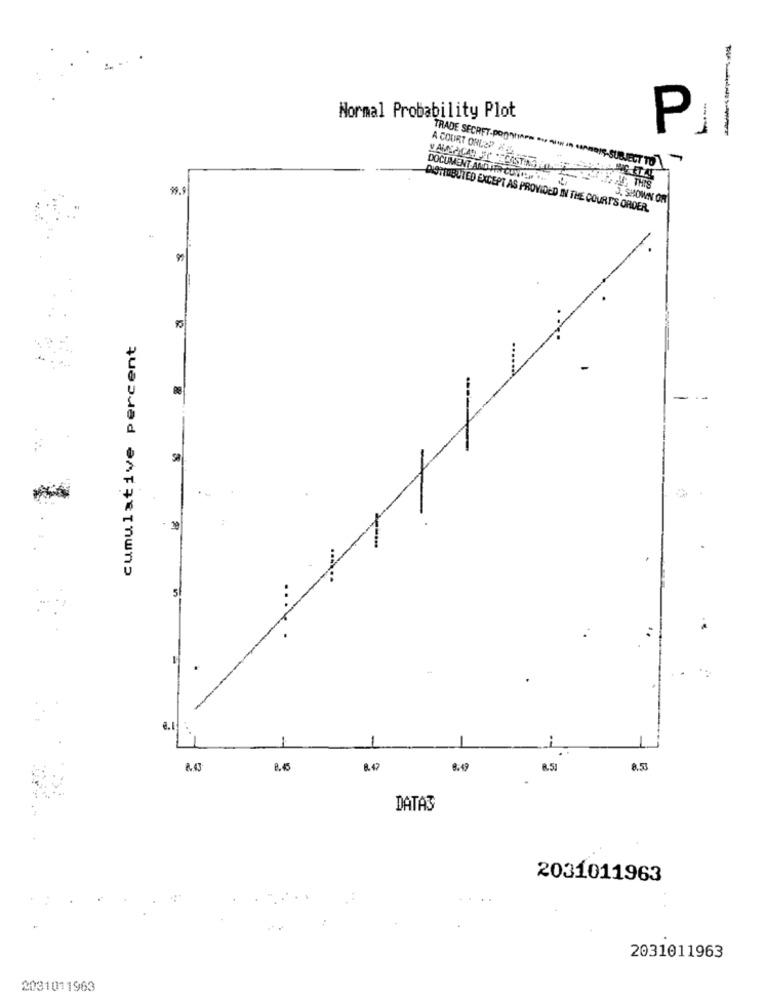
Normal Probability Plot
P
A COURT ORDER
-
DOCUMENT AND APR CONCORP
J. SHOWN OF
DISTINBUTED EXCEPT AS PROVIDED IN THE COURTS ORDER.
cumulative percent
88
111
5
-
8.43
8.45
8.49
8.53
DATAS
2031011963
2031011963
2031011963